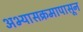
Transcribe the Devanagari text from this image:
अभ्यासक्रमापासून